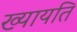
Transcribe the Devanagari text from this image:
ख्यायति